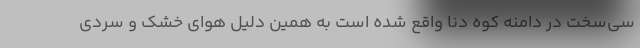
سي‌سخت در دامنه كوه دنا واقع شده است به همين دليل هواي خشك و سردي